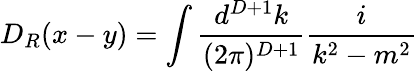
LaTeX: D_{R}(x-y)=\int\frac{d^{D+1}k}{(2\pi)^{D+1}}\frac{i}{k^{2}-m^{2}}